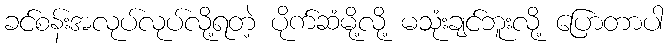
ခင်စန်းအလုပ်လုပ်လို့ရတဲ့ ပိုက်ဆံမို့လို့ မသုံးချင်ဘူးလို့ ပြောတာပါ